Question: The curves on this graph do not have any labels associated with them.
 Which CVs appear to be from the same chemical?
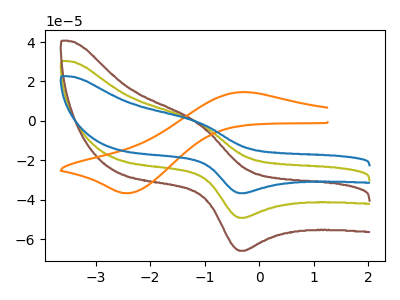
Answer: <think>The olive curve "olive" has an anodic peak at (-1.15V, -0.50uA) and a cathodic peak at (-0.30V, -49.20uA). The brown curve "brown" has an anodic peak at (-1.15V, -1.00uA) and a cathodic peak at (-0.30V, -98.45uA). The orange curve "orange" has an anodic peak at (-0.30V, 14.60uA) and a cathodic peak at (-2.40V, -36.70uA). The blue curve "blue" has an anodic peak at (-1.15V, -0.35uA) and a cathodic peak at (-0.30V, -36.75uA).
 All the peaks in "olive" have a peak in "brown" at the same potential. "olive" and "orange" have at least one peak that do not match. All the peaks in "olive" have a peak in "blue" at the same potential. "brown" and "orange" have at least one peak that do not match. All the peaks in "brown" have a peak in "blue" at the same potential. "orange" and "blue" have at least one peak that do not match.</think>
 <answer>"blue", "olive" and "brown" have the same shape and are likely CV's of the same chemical.</answer>
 <eval>"blue" "olive" "brown"</eval>